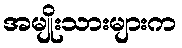
အမျိုးသားများက